Vital statistics of India. Vol. VI, European troops 1870-79
Year: 1870
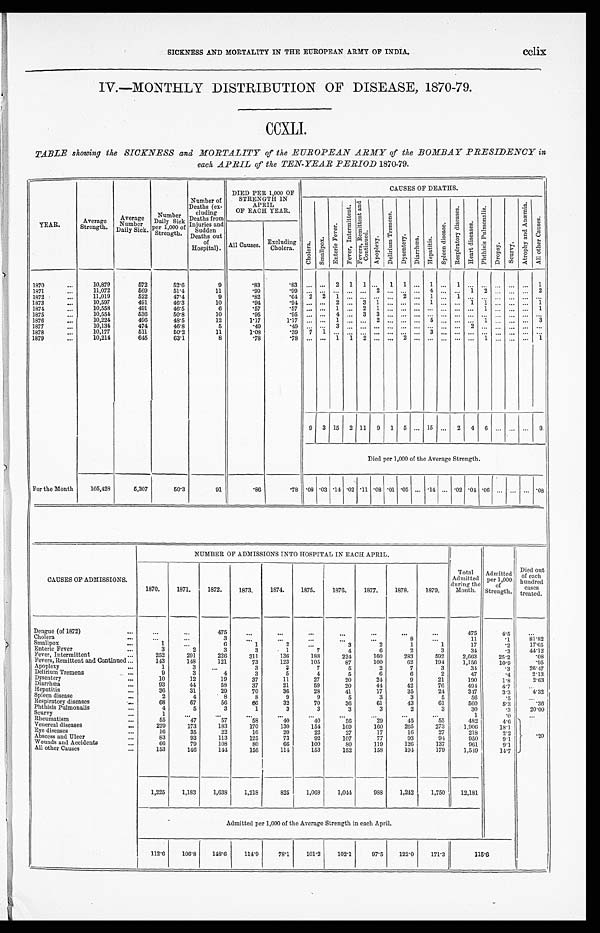
SICKNESS AND MORTALITY IN THE EUROPEAN ARMY OF INDIA.
IV.—MONTHLY DISTRIBUTION OF DISEASE, 1870-79.
CCXLI.
TABLE showing the SICKNESS and MORTALITY of the EUROPEAN ARMY of the BOMBAY PRESIDENCY in
each APRIL of the TEN-YEAR PERIOD 1870-79.
YEAR.
Average
Strength.
Average
Number
Daily Sick.
N u m b e r
Daily Sick
per 1,000 of
Strength.
Number of
Deaths (ex-
cluding
Deaths from I n j u r i e s
and
Deaths out
of
Hospital).
DIED PER 1,000 OF
STRENGTH IN
A P R I L
OF EACH YEAR.
CAUSES OF DEATHS.
Cholera. Smallpox.
Ent er i c Fever . Fever, Int ermi t t ent .
F e v e r s , R e m i t t e n t a n d
C o n t i n u e d .
A p o p l e x y .
D e l i r i u m T r e m e n s .
D y s e n t e r y .
D i a r r h œ a .
H e p a t i t i s .
Spl een di sease.
R e s p i r a t o r y d i s e a s e s . He a r t d i s e a s e . .
P h t h i s i s P u l mo n a l i s .
D r o p s y .
S c u r v y
A t r o p h y a n d A n æ m i a .
Al l o t h e r Ca u s e s .
A l l C a u s e s e . Excluding
Cholera.
1870
...
10,879
572
52.6
9
.83
. 8 3 ...
...
2
1
1
. . .
1 1
. . . 1 ...
1 ...
...
. . . ...
. . .1
1871
. . .
11,072
569
51.4
11
.99
. 9 9
. . .
...
. . . ...
. . .
2
. . .
. . .
. . .
4 ...
. . . ...1
2
. . . ...
. . .2
1872
...
11,019
522
47.4
9
.82
. 6 4
2 2
1 ...
. . .
. . .
...
2
...
1
...
1 ...
...
...
...
... ...
1873
...
10,597
491
46.3
10
.94
. 9 4
. . ....
2 ...
3
1
. . . ..
. . . 1 ...
. . .1
1
. . . ...
. . .1
1874
...
10,558
491
46.5
6
.57
. 5 7
. . ....
1 ...
2
1
. . . ...
. . . ... ...
. . ....
1
. . . ...
. . .1
1875
...
10,554
536
50.8
10
.95
.95
. . ....
4 ...
3
3
. . . ...
. . . ... ...
. . ....
...
. . . ...
. . . ...
1876
...
10,224
496
48.5
12
1.17
1.17
... ...
1 ...
. . .
2
. . . ...
. . . 5 ...
. . ....
1
. . . ...
. . . 3
1877
...
10,134
474
46.8
5
..49
.49
... ...
3 ...
. . .
. . .
. . . ...
. . . ... ...
. . .
2
2
...
. . . ...
. . ....
1878
...
10,177
511
50.2
11
1.08
.39 7
1
... ...
. . .
. . .
. . . ...
. . . 3 ...
. . ....
...
. . . ...
. . ....
1879
...
10,214
645
63.1
8
.78
. 7 8...
...
1 1
2
. . .
. . . 2
. . . ... ...
. . ....
1
. . . ...
. . .1
9
3
15
2
11
9
1
5
...
15
...
2
4
6
...
...
...
9
Died per 1,000 of the Average Strength.
For the Month
105,428
5,307
50.3
91
.86
. 7 8 .08 .03 .14 .02 .11 .08 .01
.05 ...
.14 ... .02 .04 .06
. . . ...
... .08
CAUSES OF ADMISSIONS.
NUMBER OF ADMISSIONS INTO HOSPITAL IN EACH APRIL.
1870.
1871.
1872.
1873.
1874.
1875.
1876.
1877.
1878.
1879.
Total
Admitted
during the
Month.
Admitted
per 1,000
of
Strength.
Died out
of each
hundred
cases
treated.
Dengue (of 1872)
...
...
...
475
...
...
...
...
. . .
...
...
475
4.5
. . .
Cholera
. . .
. . .
...
3
. . .
. . . . . .
....
. . .
...
8
. . .
11
.1
8 1 . 8 2
Smallpox
...
1
. . .
6
1
2
...
3
2
1
1
17
.2
17.65
Enteric Fever
. . .
3
2
3
3
1
7
4
6
2
3
34
.3
44'12
Fever, Intermittent
...
252
291
226
311
136
188
224
160
283
592
2,663
25.2
.08
Fevers, Remittent and Continued ...
143
148
121
73
123
105
87
100
62
194
1,156
10.9
.95
Apoplexy
...
1
3
...
3
3
7
5
2
7
3
34
.3
26.47
Delirium Tremens
...
9
3
4
3
5
4
5
6
6
2
47
.4
2.13
Dysentery
...
10
12
19
37
11
27
20
24
9
21
190
1.8
2.63
Diarrhœa
...
93
44
58
37
21
59
20
44
42
76
494
4.7
. . .
Hepatitis
...
36
31
29
70
36
28
41
17
35
24
347
3.3
4.32
Spleen disease
. . .
2
4
8
8
9
9
5
3
3
5
56
. 5
. . .
Respiratory diseases
. . .
68
67
56
66
32
70
36
61
43
61
560
5.3 .36
Phthisis Pulmonalis
...
4
5
3
1
3
3
3
3
2
3
30
.3
20.00
Scurvy
...
1
...
...
...
...
...
...
...
...
...
1
. 0
. . .
Rheumatism
. . .
55
47
57
58
40
40
56
29
45
55
482
4.6
Venereal disease
. . .
229
173
183
170
130
154
169
160
265
273
1,906
1 8 . 1
Eye diseases
...
16
35
22
16
20
22
27
17
16
27
218
2.2 .20
Abscess and Ulcer
...
83
93
113
125
73
92
107
77
93
94
950
9.1
Wounds and Accident
...
66
79
108
80
66
100
80
119
126
137
961
9.1
All other Cause
...
1 5 3
146
144
156
114
153
152
158
194
179
1,549
14.7
1,225
1,183
1,638
1,218
825
1,068
1,044
988
1,242
1,750
12,181
Admitted per 1,000 of the Average Strength in each April.
112.6
106.8
148.6
114.9
78.1
101.2
102.1
97.5
122.0
171.3
115.6